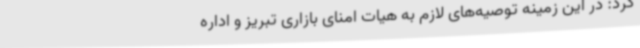
کرد: در این زمینه توصیه‌های لازم به هیات امنای بازاری تبریز و اداره